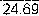
24.69